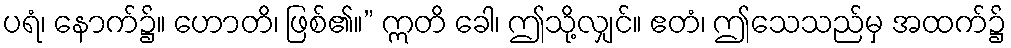
ပရံ၊ နောက်၌။ ဟောတိ၊ ဖြစ်၏။” ဣတိ ခေါ၊ ဤသို့လျှင်။ ဧတံ၊ ဤသေသည်မှ အထက်၌